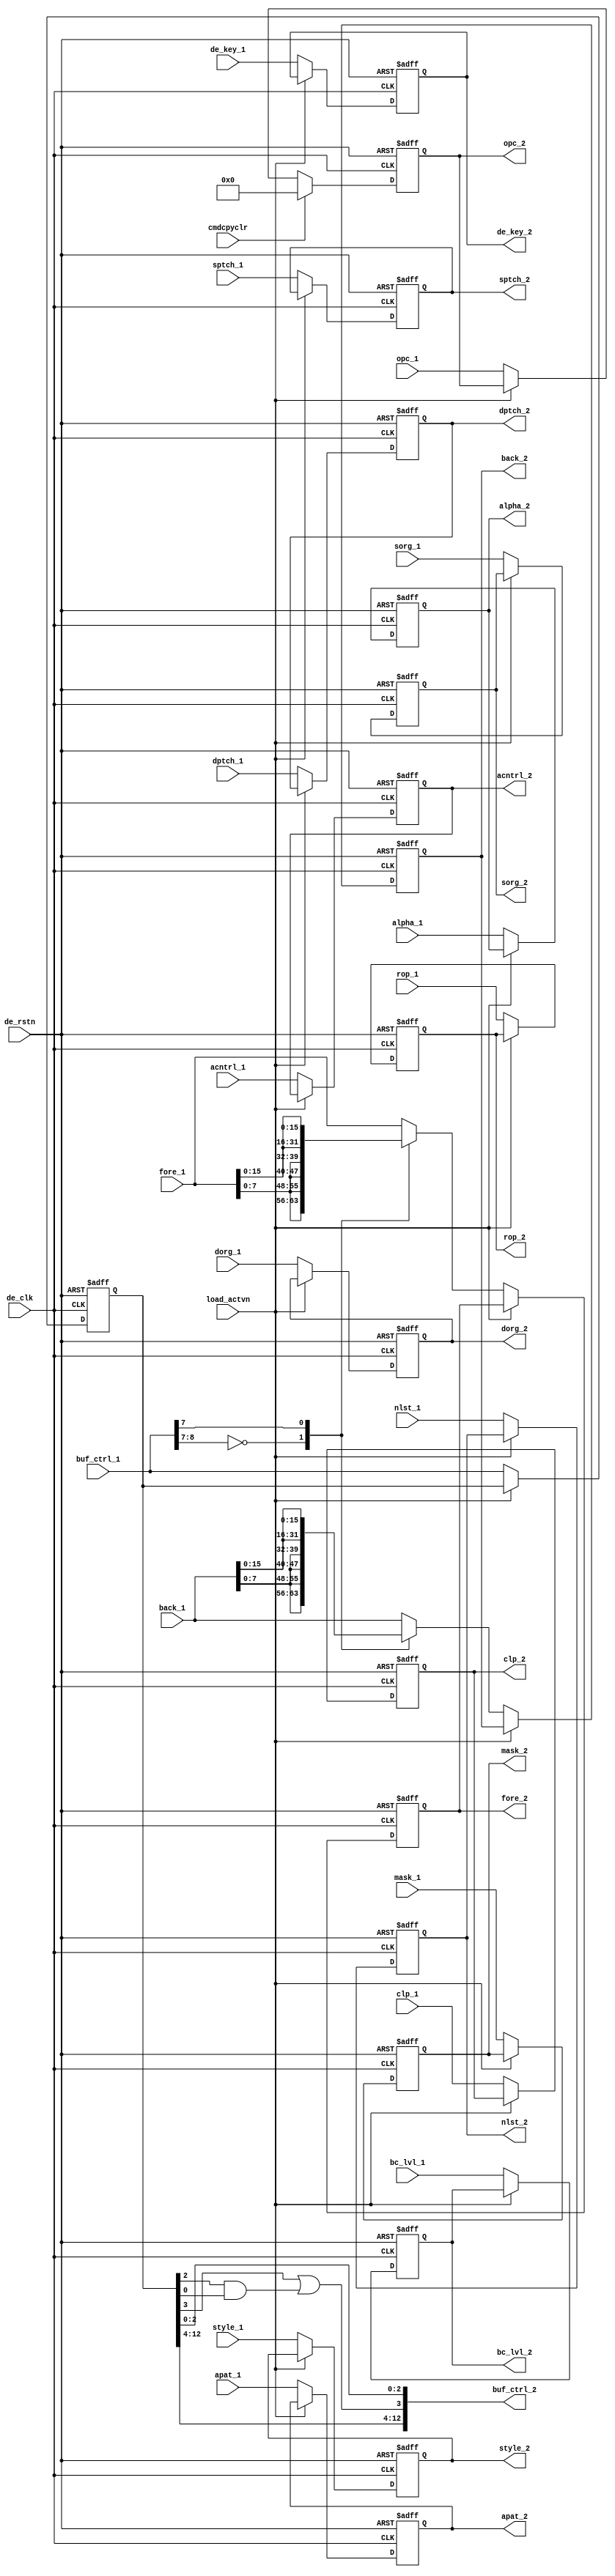
module der_reg_2
	(
	input		  de_clk,	
	input	   	  de_rstn,		
	input 	  	  load_actvn,	
	input 	  	  cmdcpyclr,    
	input [12:0] 	  buf_ctrl_1,   
	input [31:0] 	  sorg_1,       
	input [31:0] 	  dorg_1,       
	input [11:0] 	  sptch_1,      
	input [11:0] 	  dptch_1,      
	input [3:0] 	  opc_1,        
	input [3:0] 	  rop_1,        
	input [4:0] 	  style_1,      
	input 	   	  nlst_1,       
	input [1:0] 	  apat_1,       
	input [2:0] 	  clp_1,        
	input [31:0] 	  fore_1,       
	input [31:0] 	  back_1,       
	input [3:0] 	  mask_1,       
	input [23:0] 	  de_key_1,     
	input [15:0] 	  alpha_1,      
	input [17:0] 	  acntrl_1,     
	input [1:0] 	  bc_lvl_1,  
	output     [12:0] buf_ctrl_2,   
	output reg [31:0] sorg_2,       
	output reg [31:0] dorg_2,       
	output reg [11:0] sptch_2,      
	output reg [11:0] dptch_2,      
	output reg [3:0]  rop_2,        
	output reg [4:0]  style_2,      
	output reg 	  nlst_2,       
	output reg [1:0]  apat_2,       
	output reg [2:0]  clp_2,        
	output reg [31:0] fore_2,       
	output reg [31:0] back_2,       
	output reg [3:0]  mask_2,       
	output reg [23:0] de_key_2,     
	output reg [15:0] alpha_2,      
	output reg [17:0]  acntrl_2,     
	output reg [1:0]  bc_lvl_2,
	output reg [3:0]  opc_2
	);
  reg [12:0] 	   buf_ctrl_r;     
  assign 	   buf_ctrl_2 = {
	  			buf_ctrl_r[12:4],
				(buf_ctrl_r[3] | (buf_ctrl_r[2] & buf_ctrl_r[0])),
				 buf_ctrl_r[2:0]
				 };
  wire [1:0] 	   psize;
  reg [31:0] 	   fore_rep;
  reg [31:0] 	   back_rep;
  assign 	   psize = buf_ctrl_1[8:7];
  always @*
    casex (psize)
      2'b00: begin
	fore_rep = {4{fore_1[7:0]}}; 
	back_rep = {4{back_1[7:0]}};
      end
      2'bx1: begin
	fore_rep = {2{fore_1[15:0]}}; 
	back_rep = {2{back_1[15:0]}};
      end
      default: begin
	fore_rep = fore_1; 
	back_rep = back_1;
      end
    endcase 
  always @(posedge de_clk, negedge de_rstn) begin
    if(!de_rstn)         opc_2 <= 4'b0;
    else if(cmdcpyclr)   opc_2 <= 4'b0;
    else if(!load_actvn) opc_2 <= opc_1;
  end
  always @(posedge de_clk or negedge de_rstn) begin
    if(!de_rstn) begin
      buf_ctrl_r  <= 13'b0;
      sorg_2      <= 32'b0;
      dorg_2      <= 32'b0;
      rop_2       <= 4'b0;
      style_2     <= 5'b0;
      nlst_2      <= 1'b0;
      apat_2      <= 2'b0;
      clp_2       <= 3'b0;
      bc_lvl_2    <= 2'b0;
      sptch_2     <= 12'b0;
      dptch_2     <= 12'b0;
      fore_2      <= 32'b0;
      back_2      <= 32'b0;
      mask_2      <= 4'b0;
      de_key_2    <= 24'b0;
      alpha_2     <= 16'b0;
      acntrl_2    <= 18'b0;
    end else if(!load_actvn) begin
      buf_ctrl_r  <= buf_ctrl_1;
      sorg_2      <= sorg_1;
      dorg_2      <= dorg_1;
      rop_2       <= rop_1;
      style_2     <= style_1;
      nlst_2      <= nlst_1;
      apat_2      <= apat_1;
      clp_2       <= clp_1;
      bc_lvl_2    <= bc_lvl_1;
      sptch_2     <= sptch_1;
      dptch_2     <= dptch_1;
      fore_2      <= fore_rep; 
      back_2      <= back_rep;
      mask_2      <= mask_1;
      de_key_2    <= de_key_1;
      alpha_2     <= alpha_1;
      acntrl_2    <= acntrl_1;
    end
  end
endmodule